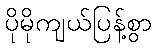
ပိုမိုကျယ်ပြန့်စွာ